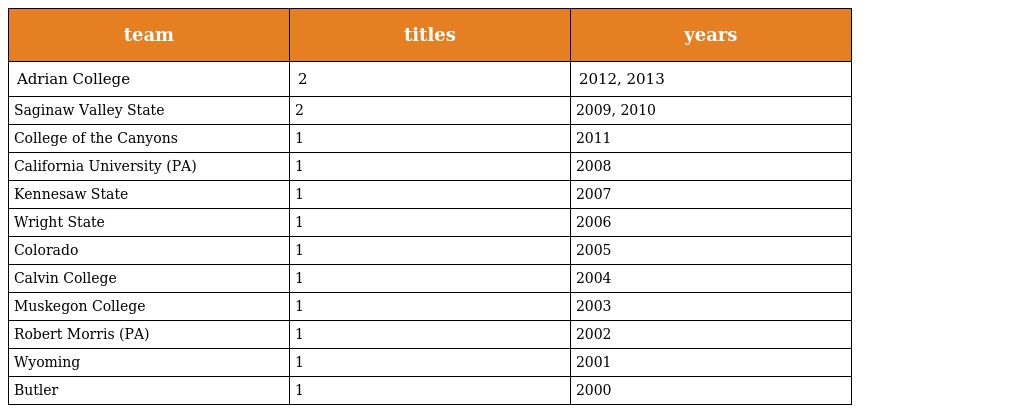
| team | titles | years |
 | --- | --- | --- |
 | Adrian College | 2 | 2012, 2013 |
 | Saginaw Valley State | 2 | 2009, 2010 |
 | College of the Canyons | 1 | 2011 |
 | California University (PA) | 1 | 2008 |
 | Kennesaw State | 1 | 2007 |
 | Wright State | 1 | 2006 |
 | Colorado | 1 | 2005 |
 | Calvin College | 1 | 2004 |
 | Muskegon College | 1 | 2003 |
 | Robert Morris (PA) | 1 | 2002 |
 | Wyoming | 1 | 2001 |
 | Butler | 1 | 2000 |